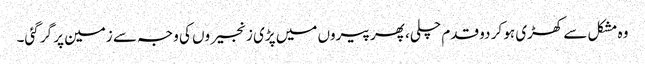
وہ مشکل سے کھڑی ہو کر دو قدم چلی، پھر پیروں میں پڑی زنجیروں کی وجہ سے زمین پر گر گئی۔